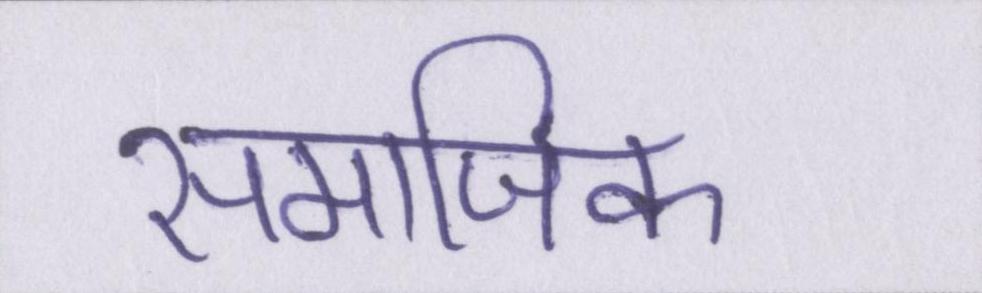
समाजिक